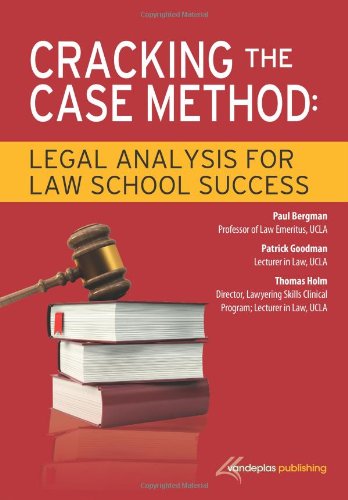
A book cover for Cracking the Case Method: Legal Analysis for Law School Success; Paul Bergman; Education & Teaching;